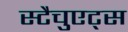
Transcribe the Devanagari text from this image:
स्टैचुएट्स